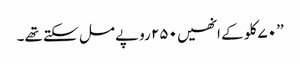
’’۷۰ کلو کے انھیں ۲۵۰ روپے مل سکتے تھے۔